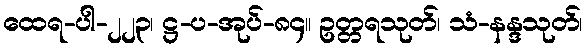
ထေရ-ပါ-၂၂၃၊ ဋ္ဌ-ပ-အုပ်-၈၄။ ဥတ္တရသုတ်၊ သံ-နန္ဒသုတ်၊